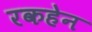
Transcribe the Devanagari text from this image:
रकहेन